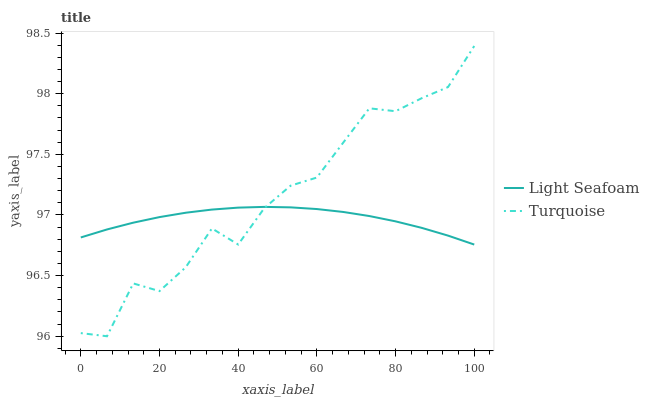
| xaxis_label | Light Seafoam | Turquoise |
 | --- | --- | --- |
 | 0 | 96.8 | 96 |
 | 6.67 | 96.9 | 96 |
 | 13.3 | 96.9 | 96.4 |
 | 20 | 97 | 96.4 |
 | 26.7 | 97 | 96.6 |
 | 33.3 | 97 | 96.9 |
 | 40 | 97.1 | 96.8 |
 | 46.7 | 97.1 | 97.1 |
 | 53.3 | 97.1 | 97.2 |
 | 60 | 97 | 97.3 |
 | 66.7 | 97 | 97.6 |
 | 73.3 | 97 | 97.9 |
 | 80 | 96.9 | 97.9 |
 | 86.7 | 96.9 | 98 |
 | 93.3 | 96.8 | 98.1 |
 | 100 | 96.8 | 98.4 |